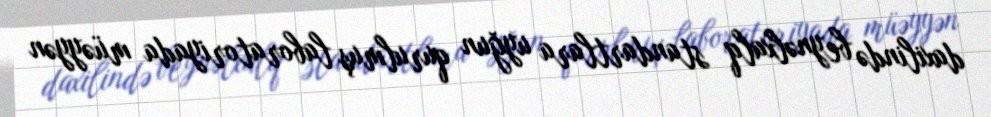
daxilində beynəlxalq standartlara uyğun qurulmuş laboratoriyada müəyyən